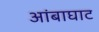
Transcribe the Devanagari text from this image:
आंबाघाट